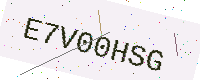
Text: E7V00HSG